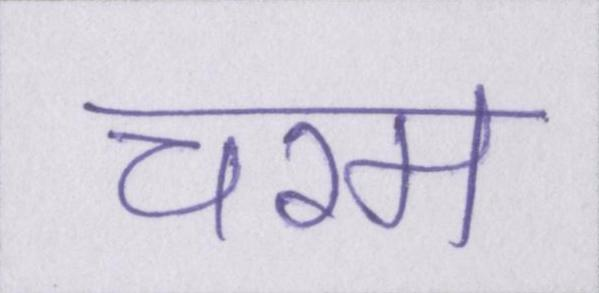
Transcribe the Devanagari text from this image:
चरम